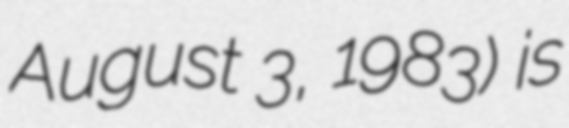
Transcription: August 3, 1983) is